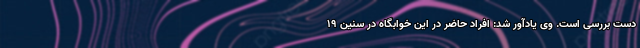
دست بررسی است. وی یادآور شد: افراد حاضر در این خوابگاه در سنین ۱۹